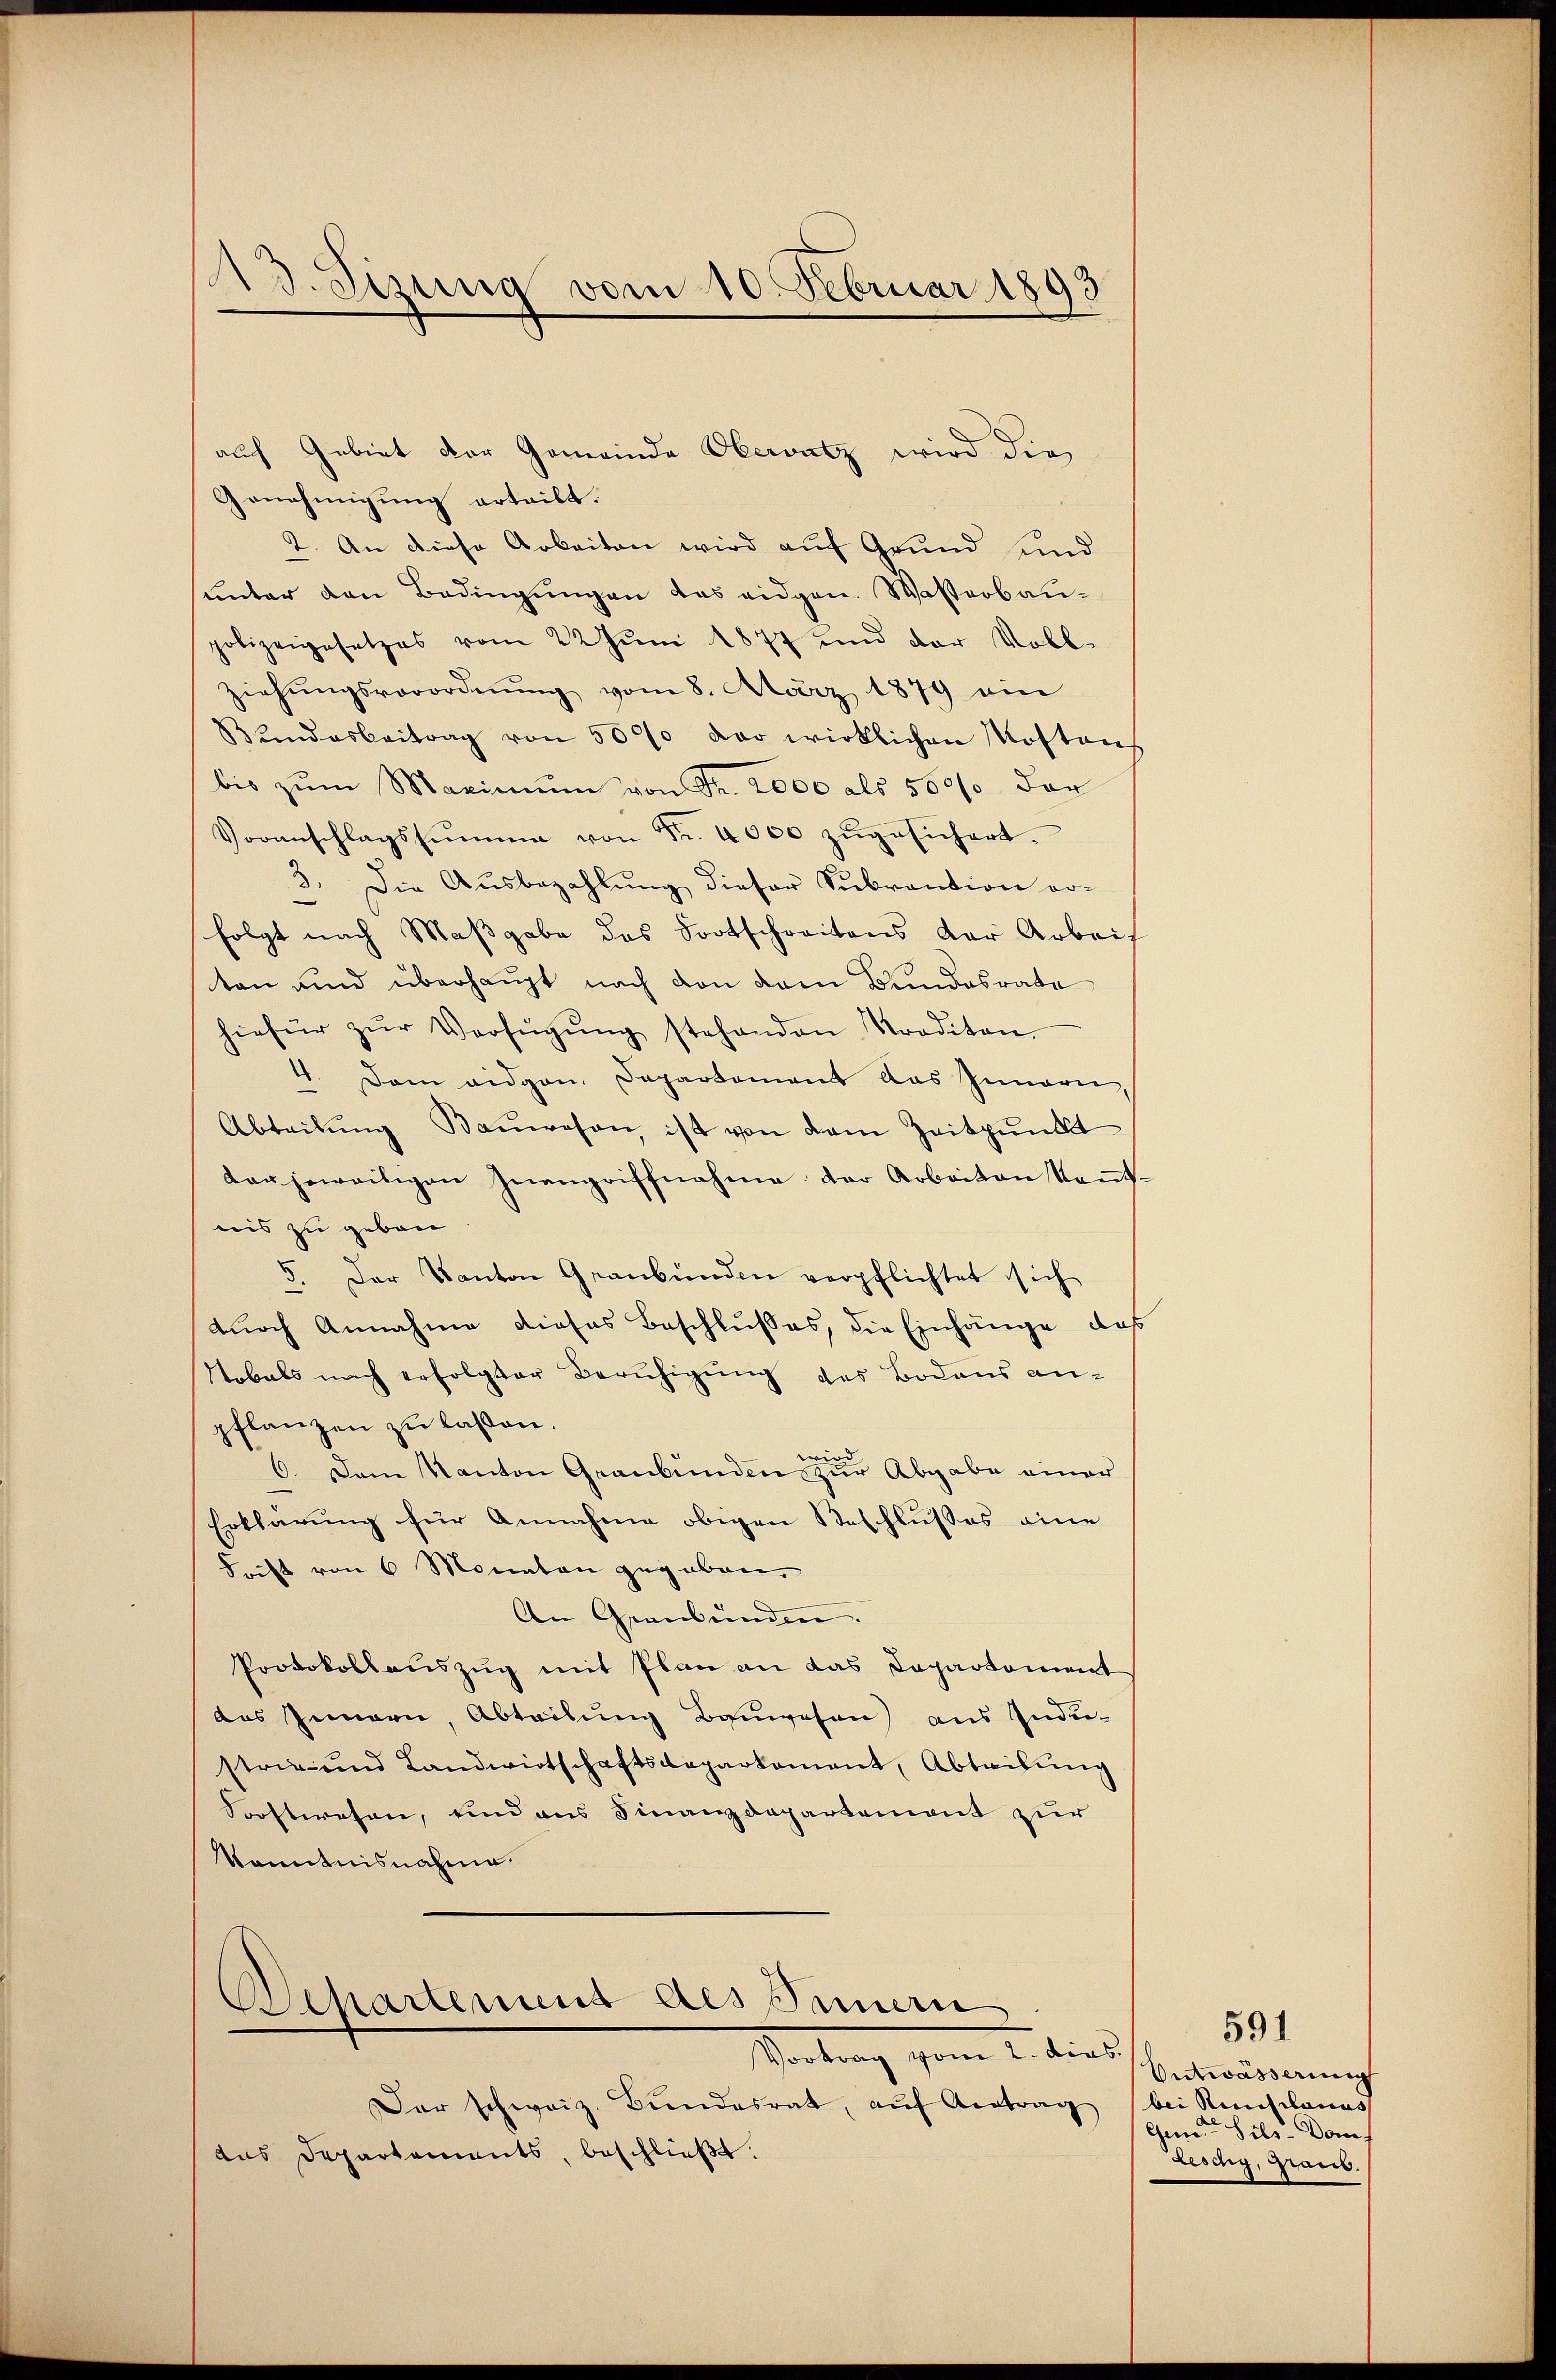
3. Sizung vom 10. Februar 1893

auf Gebiet der Gemeinde Obervatz wird die
Genehmigung erteilt.
2. An diese Arbeiten wird auf Grund und
ŭnter den Bedingŭngen das eidgen. Wasserbaupolizeigesetzes vom 22 Juni 1877 und der Voll-
Ziehŭngsverordnŭng vom 8. März 1879 ein
Bŭndesbeitrag von 5000 der wirklichen Kostens
bis zŭm Maximŭm von Fr. 2000 als 500% der
Voranschlagssumme von Fr. 4000 zŭgesichert.
3. Die Ausbezahlung dieser Subvention erfolgt nach Maßgabe das Fortschreitens der Arbeis
ten und überhaupt nach den dem Bundesrate
hiefür zŭr Verfŭgŭng stehenden raditan
4. Dem eidgen. Departement das Innerei,
Abteilŭng Baŭwesen, ist von dem Zeitpunkt
dar jeweitigen Inengriffnahme der Arbeiten kaṅt-
nis zu geben
5. Der Kanton Graubünden verpflichtet sich
durch Annahme dieses Beschlusses, die Einhänge, daß
Tobels nach erfolgter Beruhigung des Bodens an-
pflanzen zu lassen.
6. Dem Kanton Graubünden zur Abgabe einer
Erklärung für Annahme obigen Beschlusses eine
Frift von 6 Monaten gegeben.
An Graubünden.
Protokollauszug mit Plan an das Departement
des Innern, Abteilŭng Bauwesen aus Indi-
strie und Landwirtschaftsdepartement, Abteilŭng
Vorstwesen, und aus Finanzdepartement zur
Kenntnisnahme
Departement des Innern
Vortrag vom 2. dies
Der schweiz. Bŭndesrat, aŭf Antrag bei Auslands
dus Departements, beschließt.

591
Entwässerung
Gemde Sils. Dom
Leschy, Graub.